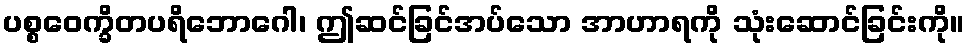
ပစ္စဝေက္ခိတပရိဘောဂေါ၊ ဤဆင်ခြင်အပ်သော အာဟာရကို သုံးဆောင်ခြင်းကို။